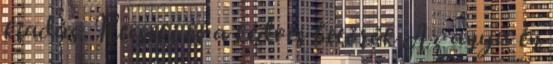
kiadás. Hecseki és a kedves betörők Az anyu én